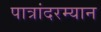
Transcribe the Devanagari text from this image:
पात्रांदरम्यान